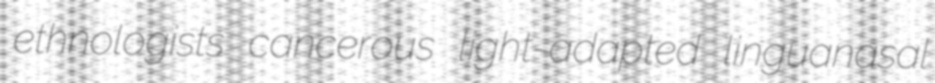
ethnologists cancerous light-adapted linguanasal